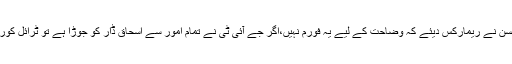
جسٹس اعجاز الاحسن نے ریمارکس دیئے کہ وضاحت کے لیے یہ فورم نہیں،اگر جے آئی ٹی نے تمام امور سے اسحاق ڈار کو جوڑا ہے تو ٹرائل کورٹ میں جواب دیں۔